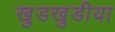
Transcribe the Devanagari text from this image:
खुडखुडीया